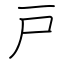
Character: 戸